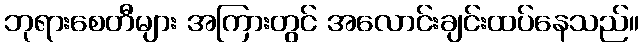
ဘုရားစေတီများ အကြားတွင် အလောင်းချင်းထပ်နေသည်။